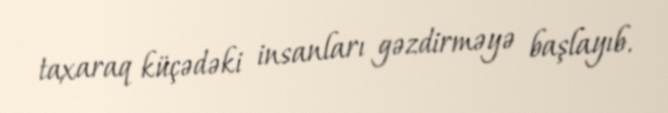
taxaraq küçədəki insanları gəzdirməyə başlayıb.